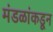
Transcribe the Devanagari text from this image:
मंडळांकडून